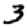
Digit: 3